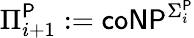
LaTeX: \Pi_{i+1}^{\mathsf{P}}:={\mathsf{coNP}}^{\Sigma_{i}^{\mathsf{P}}}